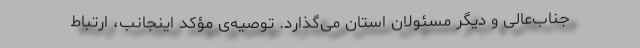
جناب‌عالی و دیگر مسئولان استان می‌گذارد. توصیه‌ی مؤکد اینجانب، ارتباط